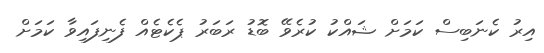
އިރު ކެނަބިސް ކަމަށް ޝައްކު ކުރެވޭ ބޮޑު ރަބަރު ޕެކެޓެއް ފެނިފައިވާ ކަމަށް